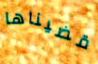
قضيناها